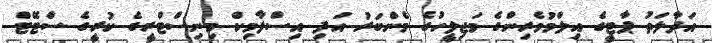
އަދާލަތު ޕާޓީގެ އިލްމުވެރިންގެ މަޖިލީހުގެ މެންބަރު އަދި އިސްލާމިކް މިނިސްޓްރީގެ ކުރީގެ ސްޓޭޓް